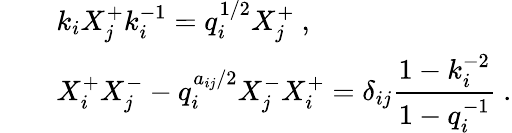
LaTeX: \begin{array}{rcl}{{}}&{{}}&{{k_{i}X_{j}^{+}k_{i}^{-1}=q_{i}^{1/2}X_{j}^{+}~,}}\\ {{}}&{{}}&{{X_{i}^{+}X_{j}^{-}-q_{i}^{a_{ij}/2}X_{j}^{-}X_{i}^{+}=\delta_{ij}\displaystyle\frac{1-k_{i}^{-2}}{1-q_{i}^{-1}}~.}}\end{array}